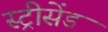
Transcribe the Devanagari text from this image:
स्ट्रीसेंड